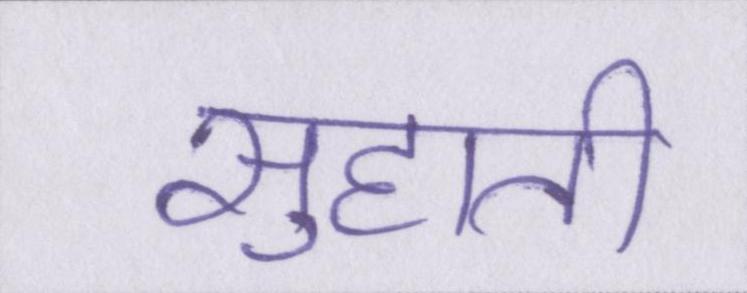
सुहाती